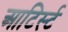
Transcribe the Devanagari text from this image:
आटिर्स्ट